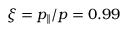
\xi = p _ { \| } / p = 0 . 9 9